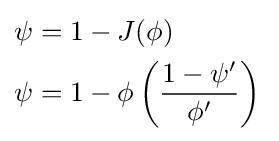
{\begin{aligned}\psi &=1-J(\phi )\,\\\psi &=1-\phi \left({\frac {1-\psi '}{\phi '}}\right)\,\end{aligned}}